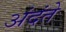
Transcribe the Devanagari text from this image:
अंदंते